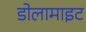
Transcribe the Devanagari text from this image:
डोलामाइट